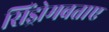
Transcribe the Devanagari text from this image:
सिंड्रोमबताए